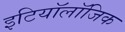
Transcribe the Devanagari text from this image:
इटियॉलॉजिक